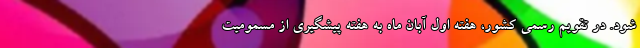
شود. در تقویم رسمی کشور، هفته اول آبان ماه به هفته پیشگیری از مسمومیت